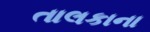
તાલકાના